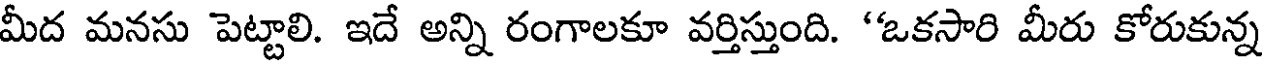
మీద మనసు పెట్టాలి. ఇదే అన్ని రంగాలకూ వర్తిస్తుంది. 'ఒకసారి మీరు కోరుకున్న